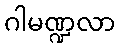
ဂါမဏ္ဍလာ